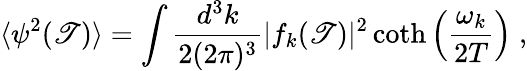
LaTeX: \langle\psi^{2}(\mathscr{T})\rangle=\int\frac{{d^{3}k}}{{2(2\pi)^{3}}}|f_{k}(\mathscr{T})|^{2}\coth\left(\frac{{\omega_{k}}}{{2T}}\right)\; ,